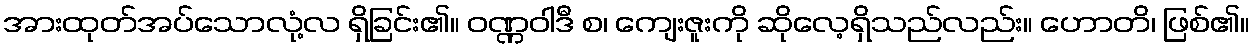
အားထုတ်အပ်သောလုံ့လ ရှိခြင်း၏။ ဝဏ္ဏဝါဒီ စ၊ ကျေးဇူးကို ဆိုလေ့ရှိသည်လည်း။ ဟောတိ၊ ဖြစ်၏။